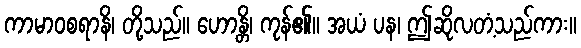
ကာမာဝစရာနိ၊ တို့သည်။ ဟောန္တိ၊ ကုန်၏။ အယံ ပန၊ ဤဆိုလတံ့သည်ကား။